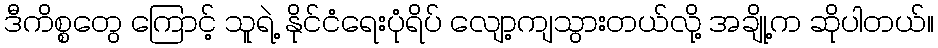
ဒီကိစ္စတွေ ကြောင့် သူရဲ့ နိုင်ငံရေးပုံရိပ် လျော့ကျသွားတယ်လို့ အချို့က ဆိုပါတယ်။